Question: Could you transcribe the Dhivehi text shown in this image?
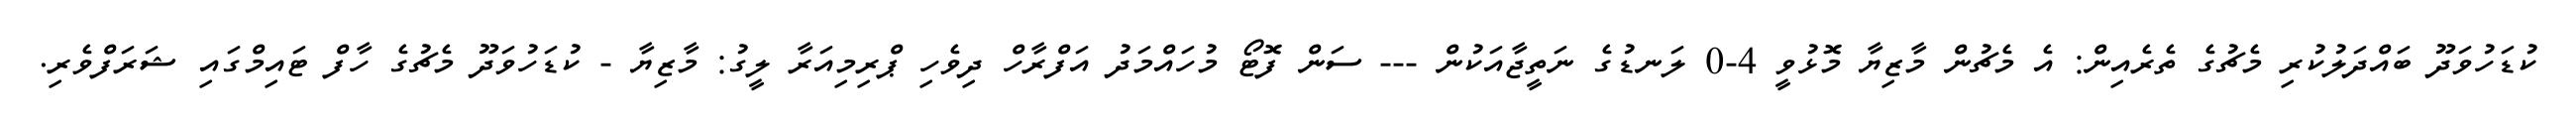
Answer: ކުޑަހުވަދޫ ބައްދަލުކުރި މެޗުގެ ތެރެއިން: އެ މެޗުން މާޒިޔާ މޮޅުވީ 4-0 ލަނޑުގެ ނަތީޖާއަކުން --- ސަން ފޮޓޯ މުހައްމަދު އަފްރާހް ދިވެހި ޕްރިމިއަރާ ލީގު: މާޒިޔާ - ކުޑަހުވަދޫ މެޗުގެ ހާފް ޓައިމްގައި ޝަރަފްވެރި.